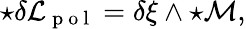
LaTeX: {\star{\delta\cal L}_{\mathrm{~p~o~l~}}}=\delta\xi\wedge{\star{\cal M}},